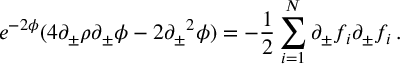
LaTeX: e ^ { - 2 \phi } ( 4 \partial _ { \pm } \rho \partial _ { \pm } \phi - 2 { \partial _ { \pm } } ^ { 2 } \phi ) = - { \frac { 1 } { 2 } } \sum _ { i = 1 } ^ { N } \partial _ { \pm } f _ { i } \partial _ { \pm } f _ { i } \, .